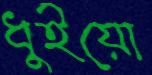
ধুইয়ো